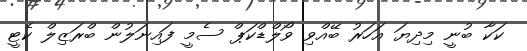
ކަކާ ބުނީ މިދިޔަ އަހަރު ބޭއްވި ވޯލްޑްކަޕް ސެމީ ފައިނަލުން ބްރަޒިލް ކެޓީ